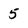
Character: 5